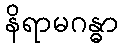
နိရာမဂန္ဓာ